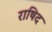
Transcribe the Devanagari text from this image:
राषिद